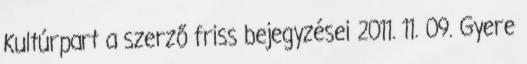
Kultúrpart a szerző friss bejegyzései 2011. 11. 09. Gyere